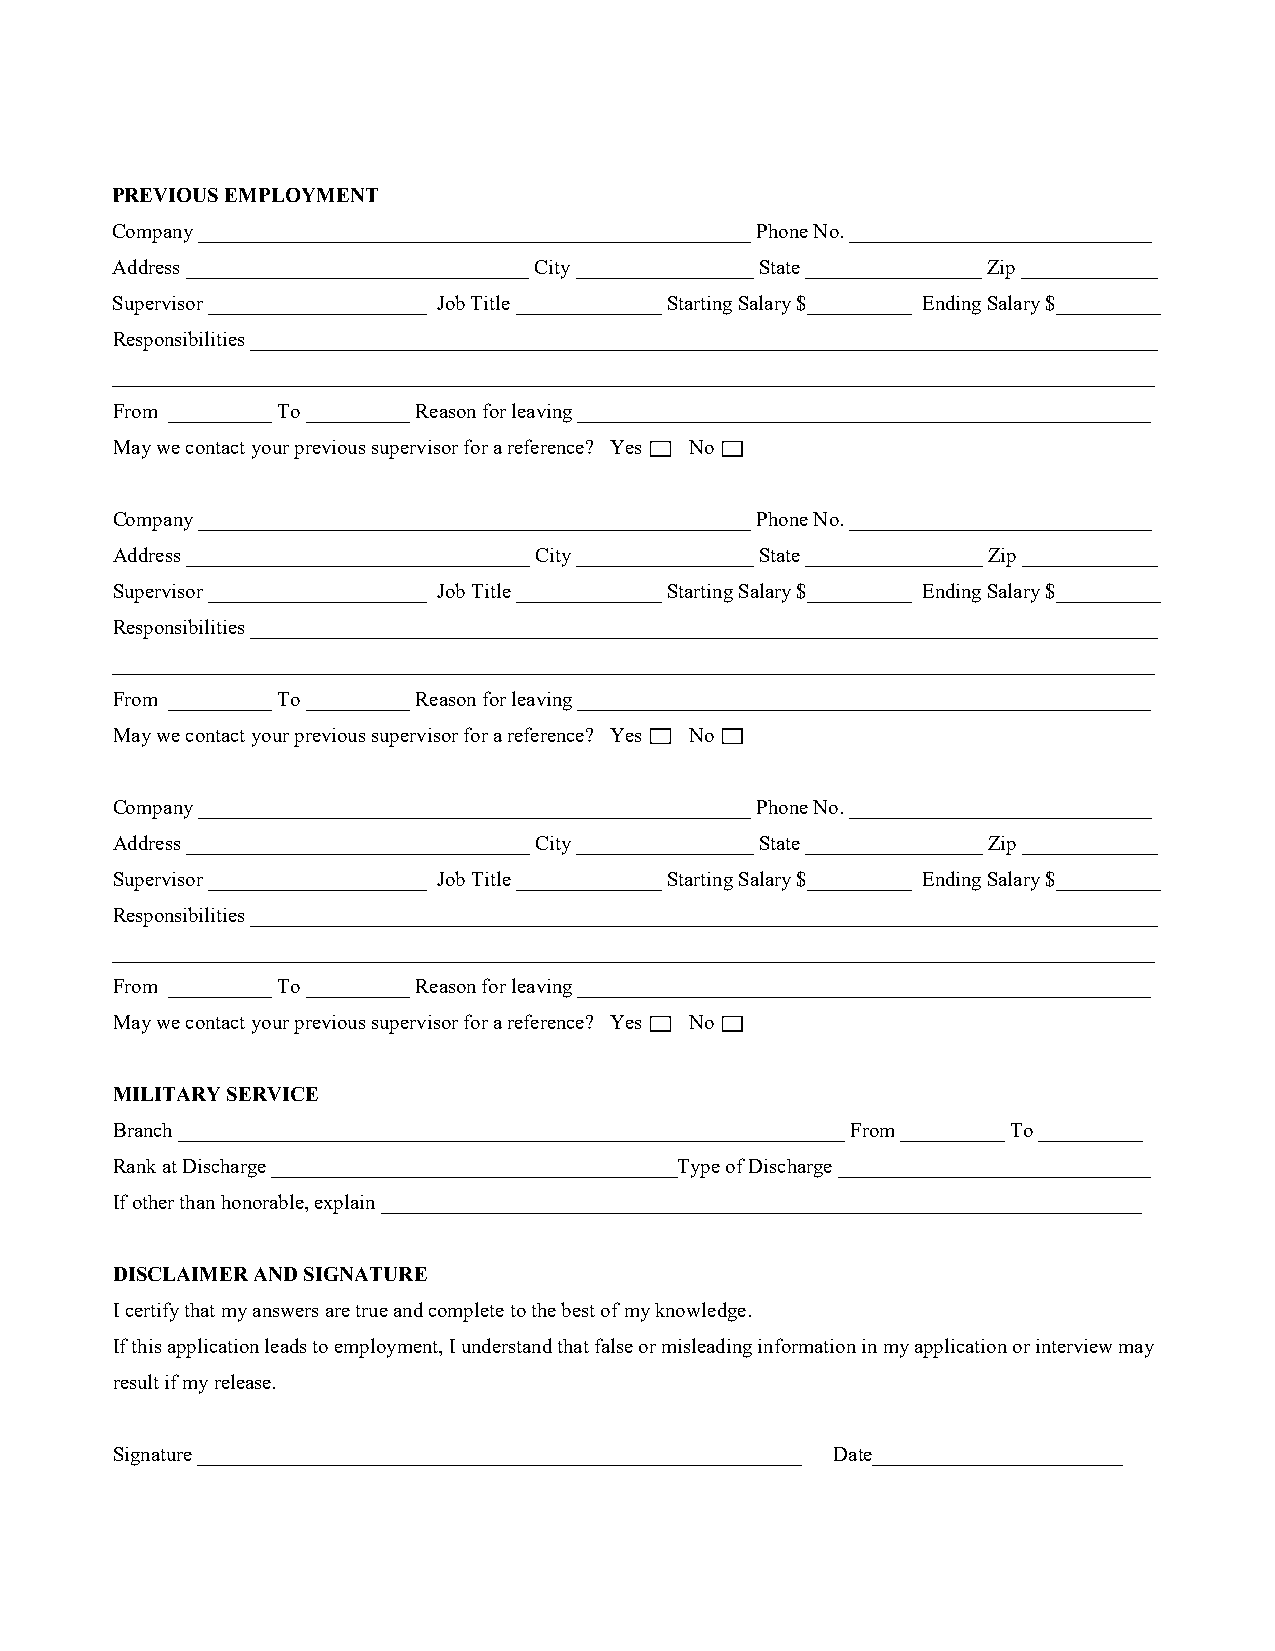
PREVIOUS EMPLOYMENT
 Company _____________________________________________________ Phone No. _____________________________
 Address _________________________________ City _________________ State _________________ Zip _____________
 Supervisor _____________________ Job Title ______________ Starting Salary $__________ Ending Salary $__________
 Responsibilities _______________________________________________________________________________________
 ____________________________________________________________________________________________________
 From __________ To __________ Reason for leaving _______________________________________________________
 May we contact your previous supervisor for a reference? Yes No
 Company _____________________________________________________ Phone No. _____________________________
 Address _________________________________ City _________________ State _________________ Zip _____________
 Supervisor _____________________ Job Title ______________ Starting Salary $__________ Ending Salary $__________
 Responsibilities _______________________________________________________________________________________
 ____________________________________________________________________________________________________
 From __________ To __________ Reason for leaving _______________________________________________________
 May we contact your previous supervisor for a reference? Yes No
 Company _____________________________________________________ Phone No. _____________________________
 Address _________________________________ City _________________ State _________________ Zip _____________
 Supervisor _____________________ Job Title ______________ Starting Salary $__________ Ending Salary $__________
 Responsibilities _______________________________________________________________________________________
 ____________________________________________________________________________________________________
 From __________ To __________ Reason for leaving _______________________________________________________
 May we contact your previous supervisor for a reference? Yes No
 MILITARY SERVICE
 Branch ________________________________________________________________ From __________ To __________
 Rank at Discharge _______________________________________Type of Discharge ______________________________
 If other than honorable, explain _________________________________________________________________________
 DISCLAIMER AND SIGNATURE
 I certify that my answers are true and complete to the best of my knowledge.
 If this application leads to employment, I understand that false or misleading information in my application or interview may
 result if my release.
 Signature __________________________________________________________ Date________________________